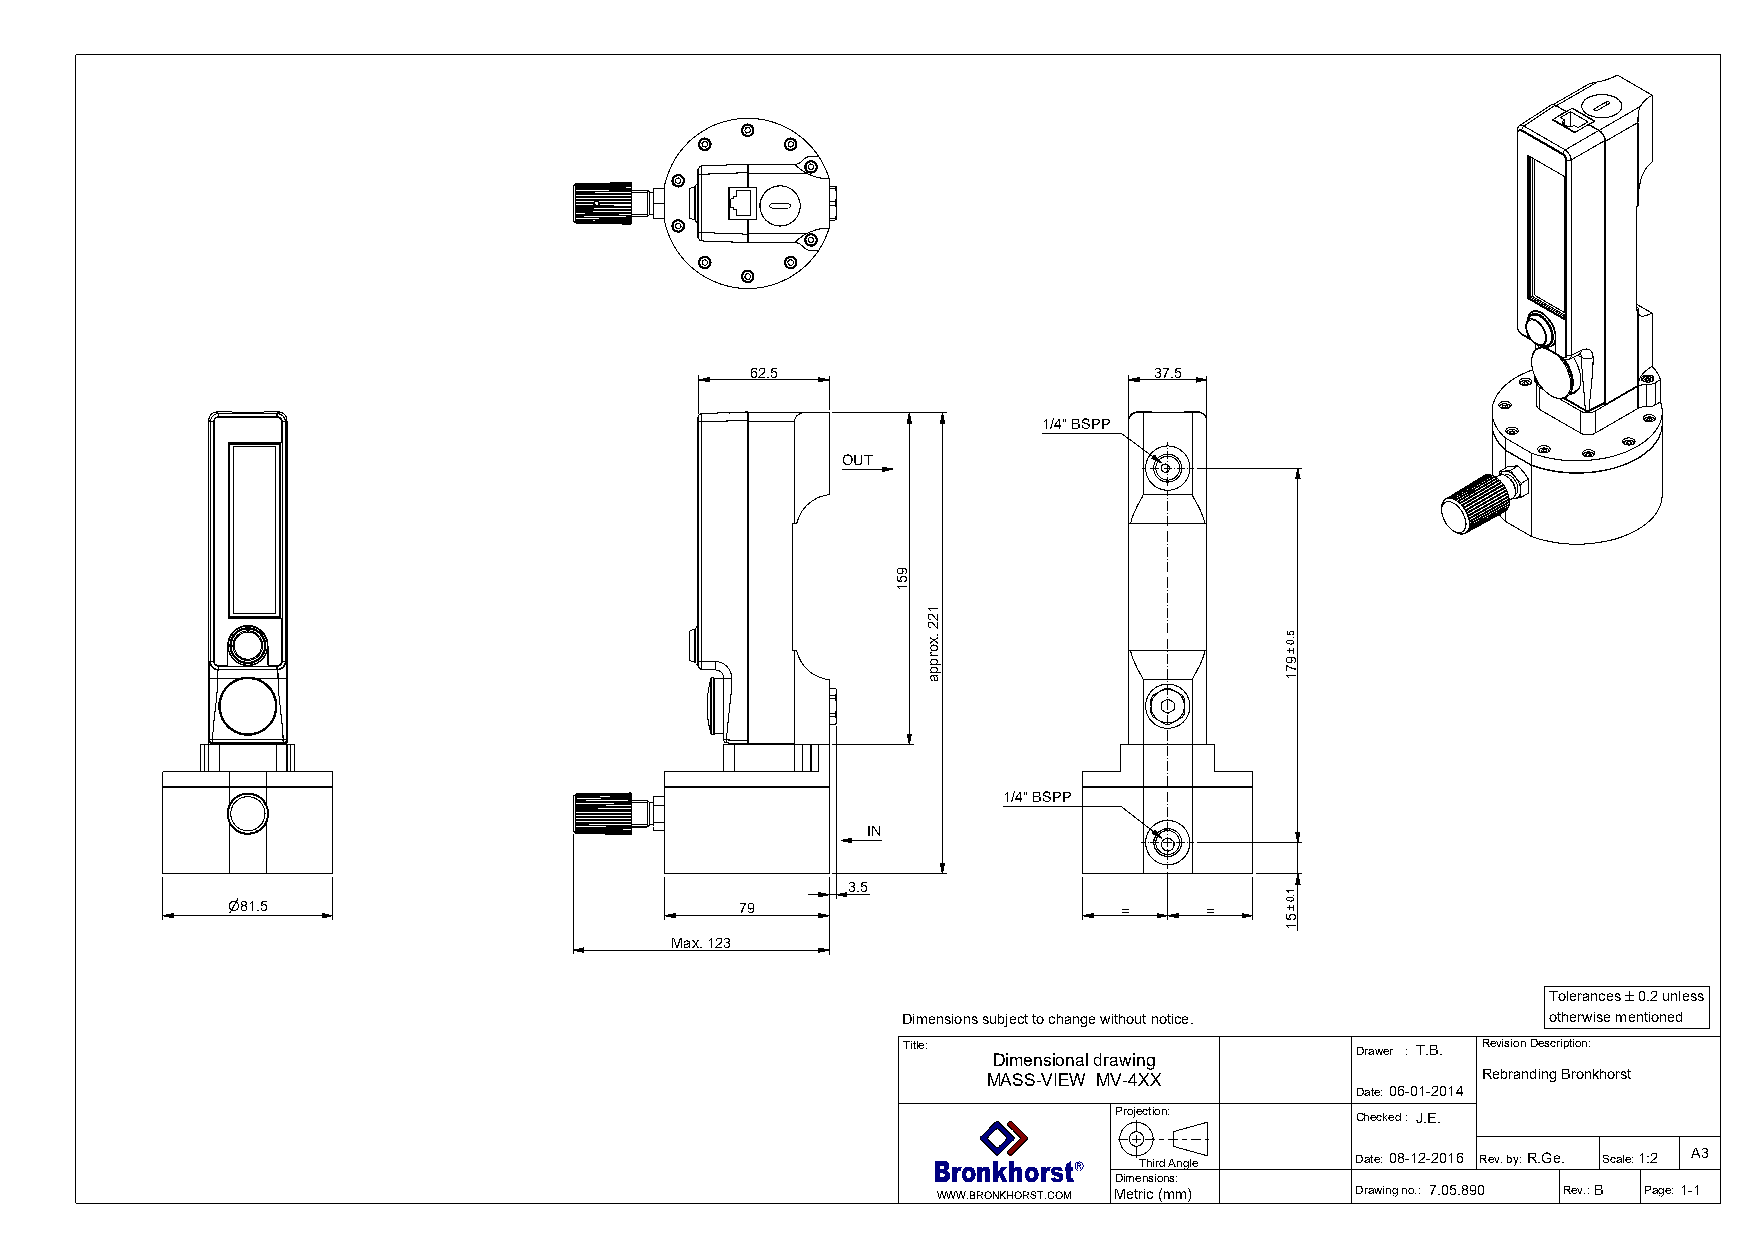
62.5                      37.5
 1/4" BSPP
 OUT
 1/4" BSPP
 IN
 3.5
 81.5                             79                       =     =
 Max. 123
 Tolerances 0.2 unless
 Dimensions subject to change without notice. otherwise mentioned
 Title:
 DDiimmeennssiioonnaall ddrraawwiinngg
 Drawer : T.B. Revision Description:
 MMAASSSS--VVIIEEWW MMVV--44XXXX  Rebranding Bronkhorst
 Date:06-01-2014
 Projection:     Checked: J.E.
 Bronkhorst  Third Angle    Date:08-12-2016 Rev. by:R.Ge. Scale:1:2 A3
 Dimensions:
 WWW.BRONKHORST.COM Metric (mm) Drawing no.: 7.05.890 Rev.:B Page:1-1
 951
 122
 .xorppa                 5.0971
 1.051